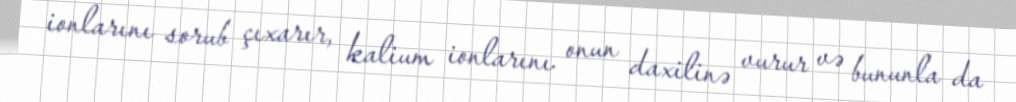
ionlarını sorub çıxarır, kalium ionlarını onun daxilinə vurur və bununla da